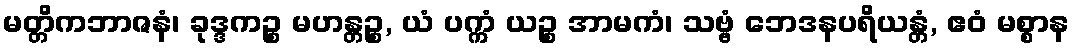
မတ္တိကဘာဇနံ၊ ခုဒ္ဒကဉ္စ မဟန္တဉ္စ, ယံ ပက္ကံ ယဉ္စ အာမကံ၊ သဗ္ဗံ ဘေဒနပရိယန္တံ, ဧဝံ မစ္စာန